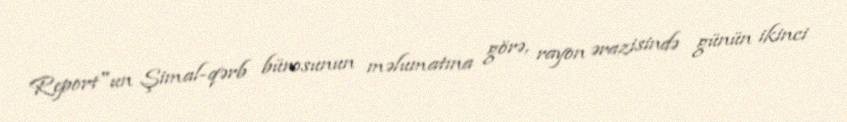
Report"un Şimal-qərb bürosunun məlumatına görə, rayon ərazisində günün ikinci